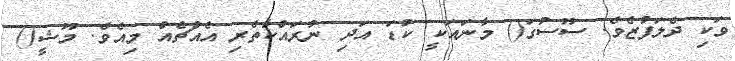
ވަކި ދެލަފުޒެވެ. ސޫސުގަ() މާނައަކީ ކުޑަ އަދި ނުރައްކާތެރި އެއްޗެއް މިއެވެ. މޫޝީ()